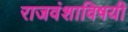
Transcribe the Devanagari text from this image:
राजवंशाविषयी